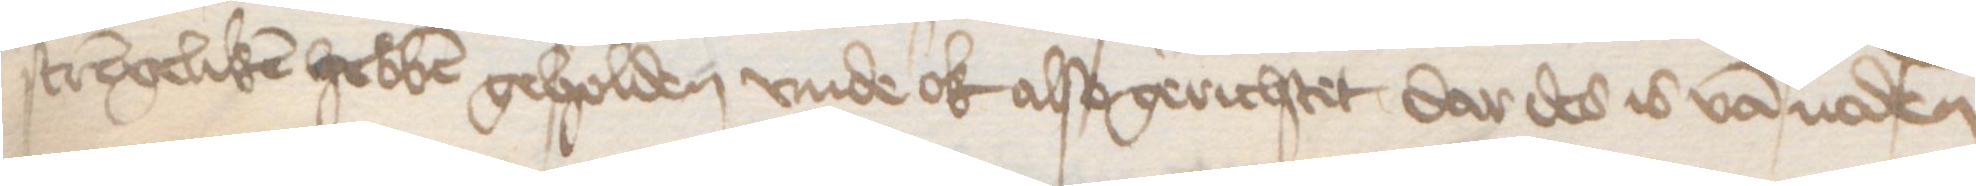
strengeliken hebben geholden vnde ok also gerichtet dar des is van noden